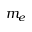
m _ { e }